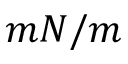
m N / m